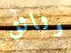
وثائق